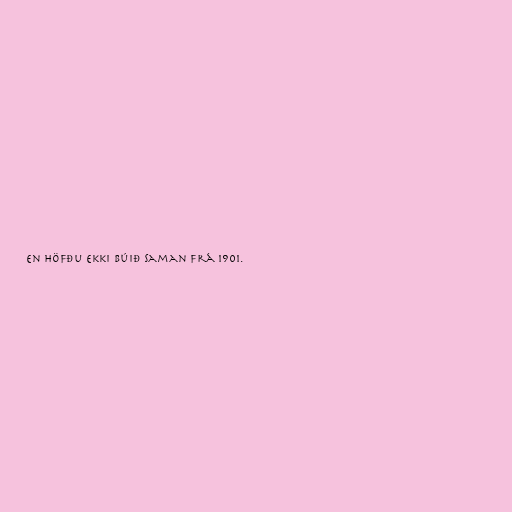
en höfðu ekki búið saman frá 1901.